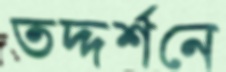
তদ্দর্শনে